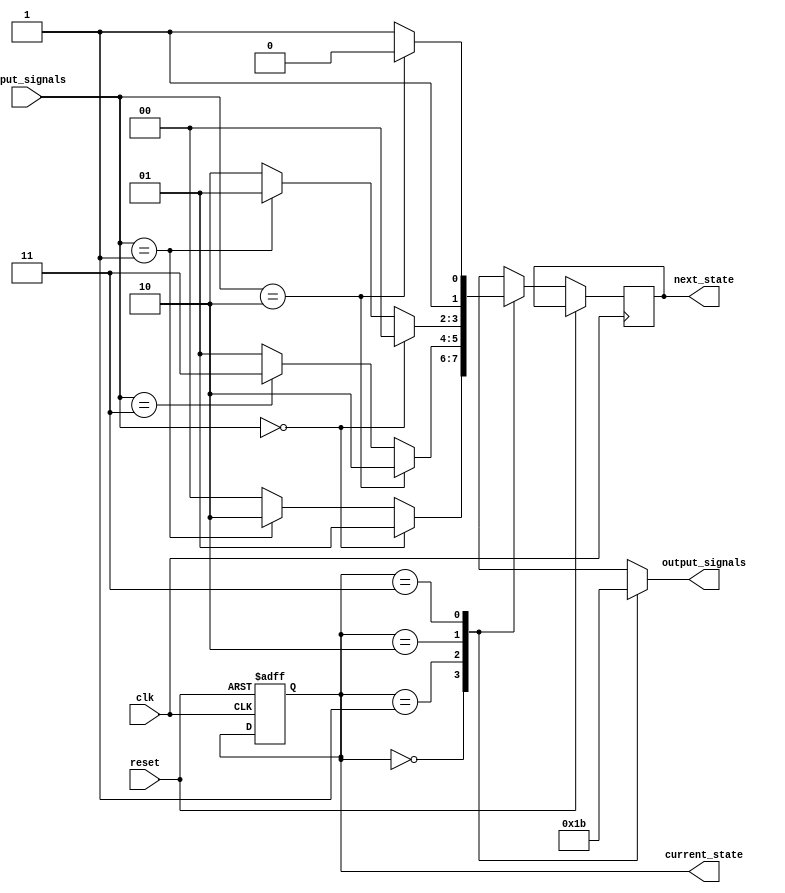
module fsm(input clk, //clock input
           input reset, //reset input
           input [1:0] input_signals, //input signals for state transition
           output reg [1:0] output_signals, //output signals
           output reg [1:0] current_state, //current state register
           output reg [1:0] next_state //next state register
          );
          
    // State definitions
    parameter STATE_A = 2'b00;
    parameter STATE_B = 2'b01;
    parameter STATE_C = 2'b10;
    parameter STATE_D = 2'b11;
    
    // State transition logic
    always @(posedge clk or posedge reset) begin
        if (reset) begin
            current_state <= STATE_A;
        end else begin
            case (current_state)
                STATE_A: begin
                    if (input_signals == 2'b00) begin
                        next_state <= STATE_B;
                    end else if (input_signals == 2'b01) begin
                        next_state <= STATE_C;
                    end else begin
                        next_state <= STATE_A;
                    end
                end
                STATE_B: begin
                    if (input_signals == 2'b10) begin
                        next_state <= STATE_C;
                    end else if (input_signals == 2'b11) begin
                        next_state <= STATE_D;
                    end else begin
                        next_state <= STATE_B;
                    end
                end
                STATE_C: begin
                    if (input_signals == 2'b00) begin
                        next_state <= STATE_A;
                    end else if (input_signals == 2'b01) begin
                        next_state <= STATE_B;
                    end else begin
                        next_state <= STATE_C;
                    end
                end
                STATE_D: begin
                    if (input_signals == 2'b10) begin
                        next_state <= STATE_C;
                    end else if (input_signals == 2'b11) begin
                        next_state <= STATE_D;
                    end else begin
                        next_state <= STATE_D;
                    end
                end
            endcase
        end
    end
    
    // Output logic based on current state
    always @* begin
        case (current_state)
            STATE_A: begin
                output_signals = 2'b00;
            end
            STATE_B: begin
                output_signals = 2'b01;
            end
            STATE_C: begin
                output_signals = 2'b10;
            end
            STATE_D: begin
                output_signals = 2'b11;
            end
        endcase
    end
    
endmodule